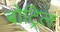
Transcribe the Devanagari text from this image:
बोट्रिल